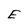
Character: E